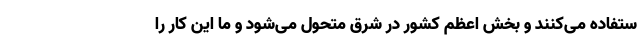
ستفاده می‌کنند و بخش اعظم کشور در شرق متحول می‌شود و ما این کار را